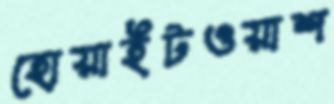
হোয়াইটওয়াশ